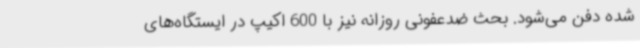
شده دفن می‌شود. بحث ضدعفونی روزانه نیز با 600 اکیپ در ایستگاه‌های